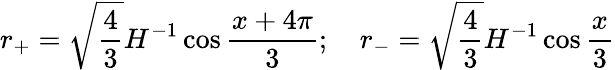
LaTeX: r_{+}=\sqrt{\frac{4}{3}}H^{-1}\cos{\frac{x+4\pi}{3}};\quad r_{-}=\sqrt{\frac{4}{3}}H^{-1}\cos{\frac{x}{3}}